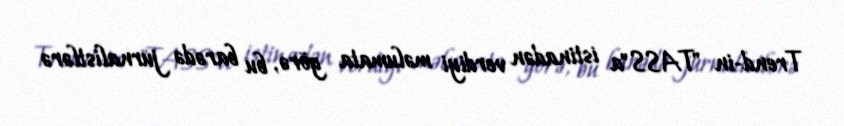
Trend-in "TASS"a istinadən verdiyi məlumata görə, bu barədə jurnalistlərə